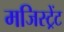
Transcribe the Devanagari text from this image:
मजिस्ट्रेंट